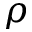
\rho